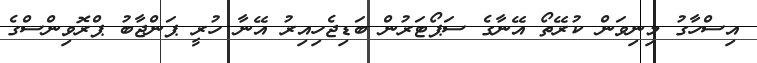
އިސްހާގު މިނިވަން ކުރޭތޯ އޭނާގެ ސަޕޯޓަރުން ބަޑިޖެހިއިރު އޭނާ ހުރީ ޕަންޖާބު ޕްރޮވިންސްގެ